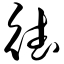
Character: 德